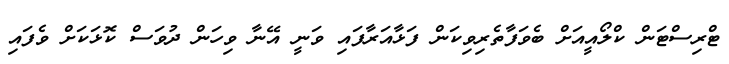
ޓްރިސްޓަން ކްލޯއީއަށް ބެވަފާތެރިވިކަން ފަޅާއަރާފައި ވަނީ އޭނާ ވިހަން ދުވަސް ކޮޅަކަށް ވެފައި